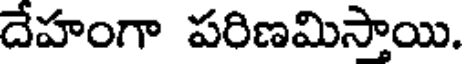
దేహంగా పరిణమిస్తాయి.